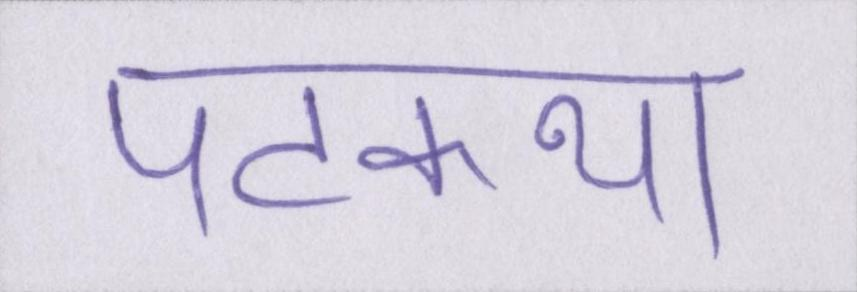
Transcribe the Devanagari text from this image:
पटकथा